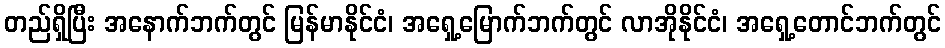
တည်ရှိပြီး အနောက်ဘက်တွင် မြန်မာနိုင်ငံ၊ အရှေ့မြောက်ဘက်တွင် လာအိုနိုင်ငံ၊ အရှေ့တောင်ဘက်တွင်